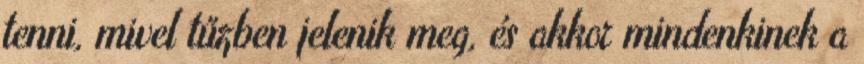
tenni, mivel tűzben jelenik meg, és akkor mindenkinek a